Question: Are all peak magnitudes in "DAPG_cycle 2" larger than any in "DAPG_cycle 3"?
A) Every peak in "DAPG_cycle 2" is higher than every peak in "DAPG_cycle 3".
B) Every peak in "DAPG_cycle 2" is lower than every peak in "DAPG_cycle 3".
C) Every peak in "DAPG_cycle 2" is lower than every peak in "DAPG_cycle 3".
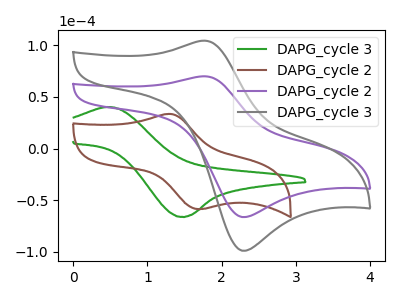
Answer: <think>The green curve "DAPG_cycle 3" has an anodic peak at (0.50V, 40.30uA) and a cathodic peak at (1.45V, -66.05uA). The brown curve "DAPG_cycle 2" has an anodic peak at (1.30V, 33.55uA) and a cathodic peak at (1.75V, -58.40uA). The purple curve "DAPG_cycle 2" has an anodic peak at (1.75V, 70.05uA) and a cathodic peak at (2.25V, -66.15uA). The gray curve "DAPG_cycle 3" has an anodic peak at (1.75V, 104.50uA) and a cathodic peak at (2.25V, -98.75uA).</think>
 <answer>B) Every peak in "DAPG_cycle 2" is lower than every peak in "DAPG_cycle 3".</answer>
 <eval>B</eval>